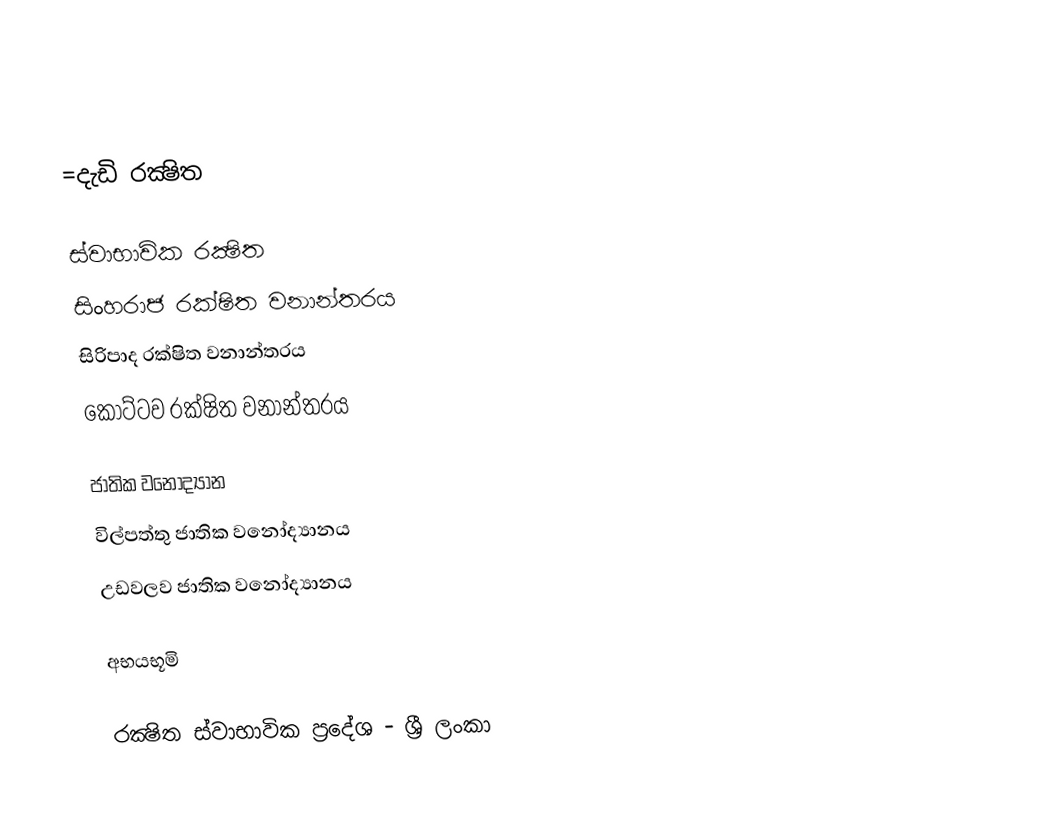

=දැඩි රක්‍ෂිත

ස්වාභාවික රක්‍ෂිත
සිංහරාජ රක්ෂිත වනාන්තරය
සිරිපාද රක්ෂිත වනාන්තරය
කොට්ටව රක්ෂිත වනාන්තරය

ජාතික වනෝද්‍යාන
විල්පත්තු ජාතික වනෝද්‍යානය
උඩවලව ජාතික වනෝද්‍යානය

අභයභූමි

රක්‍ෂිත ස්වාභාවික ප්‍රදේශ - ශ්‍රී ලංකා